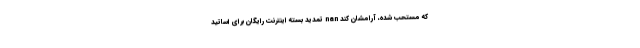
که مستحب شده، آرامشان کند nan تمدید بسته اینترنت رایگان برای اساتید